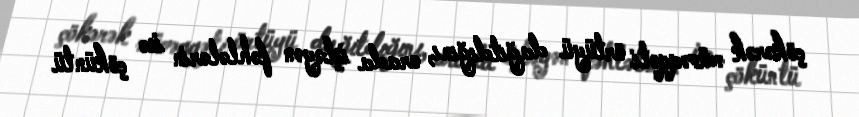
çökərək müvəqqəti örtüyü dağıtdığını, orada işləyən fəhlələrin isə çöküntü